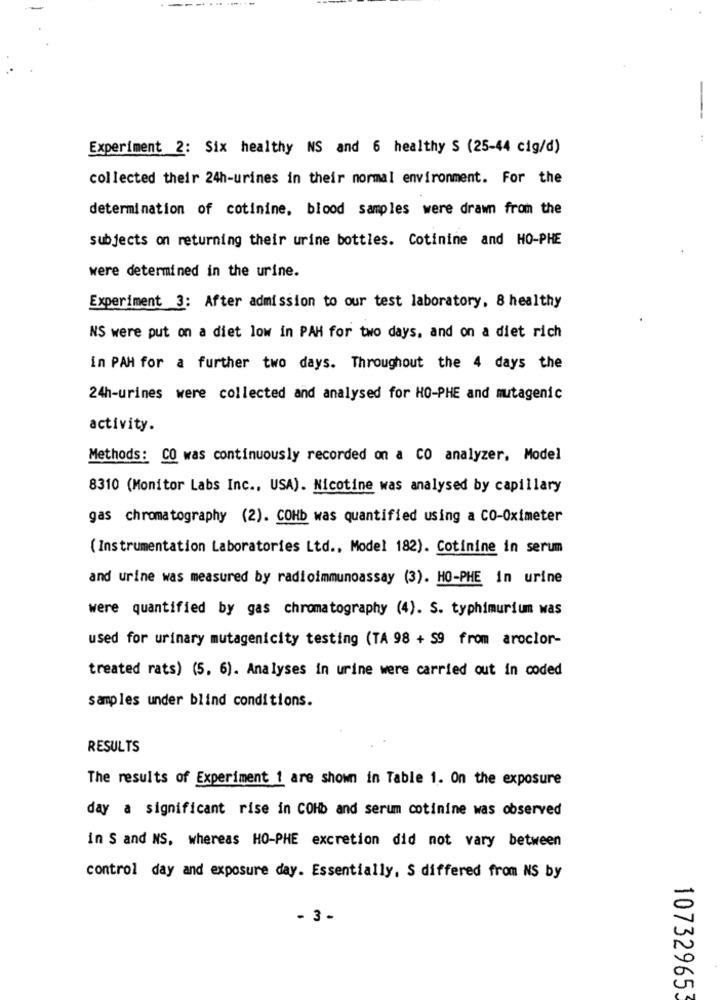
-
Experiment 2: Six healthy NS and 6 healthy S (25-44 cig/d)
collected their 24h-urines in their normal environment. For the
determination of cotinine, blood samples were drawn from the
subjects on returning their urine bottles. Cotinine and HO-PHE
were determined in the urine.
Experiment 3: After admission to our test laboratory, 8 healthy
NS were put on a diet low in PAH for two days, and on a diet rich
in PAH for a further two days. Throughout the 4 days the
24h-urines were collected and analysed for HO-PHE and mutagenic
activity.
Methods: CO was continuously recorded on a CO analyzer, Model
8310 (Monitor Labs Inc ., USA). Nicotine was analysed by capillary
gas chromatography (2). COHb was quantified using a CO-Oximeter
(Instrumentation Laboratories Ltd ., Model 182). Cotinine in serum
and urine was measured by radioimmunoassay (3). HO-PHE in urine
were quantified by gas chromatography (4). S. typhimurium was
used for urinary mutagenicity testing (TA 98 + 59 from aroclor-
treated rats) (5. 6). Analyses in urine were carried out in coded
samples under blind conditions.
RESULTS
The results of Experiment 1 are shown in Table 1. On the exposure
day a significant rise in COHb and serum cotinine was observed
in S and NS, whereas HO-PHE excretion did not vary between
control day and exposure day. Essentially, S differed from NS by
- 3 -
107329653